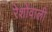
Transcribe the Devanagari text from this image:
रेशोंवाली